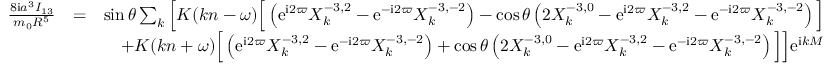
\begin{array} { r l r } { \frac { 8 \mathrm { i } a ^ { 3 } I _ { 1 3 } } { m _ { 0 } R ^ { 5 } } } & { = } & { \sin \theta \sum _ { k } \Big [ K ( k n - \omega ) \Big [ \left( \mathrm { e } ^ { \mathrm { i } 2 \varpi } X _ { k } ^ { - 3 , 2 } - \mathrm { e } ^ { - \mathrm { i } 2 \varpi } X _ { k } ^ { - 3 , - 2 } \right) - \cos \theta \left( 2 X _ { k } ^ { - 3 , 0 } - \mathrm { e } ^ { \mathrm { i } 2 \varpi } X _ { k } ^ { - 3 , 2 } - \mathrm { e } ^ { - \mathrm { i } 2 \varpi } X _ { k } ^ { - 3 , - 2 } \right) \Big ] } \\ & { } & { + K ( k n + \omega ) \Big [ \left( \mathrm { e } ^ { \mathrm { i } 2 \varpi } X _ { k } ^ { - 3 , 2 } - \mathrm { e } ^ { - \mathrm { i } 2 \varpi } X _ { k } ^ { - 3 , - 2 } \right) + \cos \theta \left( 2 X _ { k } ^ { - 3 , 0 } - \mathrm { e } ^ { \mathrm { i } 2 \varpi } X _ { k } ^ { - 3 , 2 } - \mathrm { e } ^ { - \mathrm { i } 2 \varpi } X _ { k } ^ { - 3 , - 2 } \right) \Big ] \Big ] \mathrm { e } ^ { \mathrm { i } k M } } \end{array}